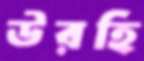
উরহি